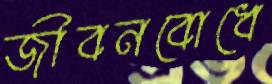
জীবনবোধে